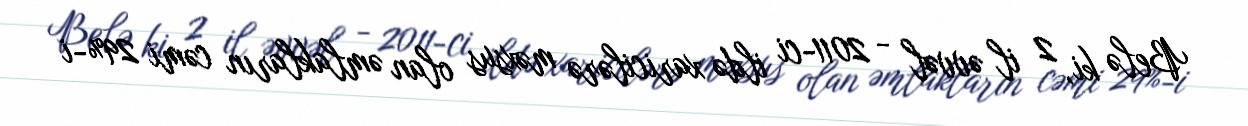
Belə ki, 2 il əvvəl - 2011-ci ildə xaricilərə məxsus olan əmlakların cəmi 29%-i